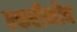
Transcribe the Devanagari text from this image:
एकरीनोव